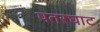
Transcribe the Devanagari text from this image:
पतरघाट